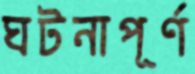
ঘটনাপূর্ণ